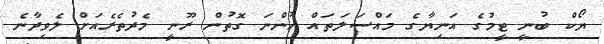
ޔޯކް ބުނީ ޓީމުގެ އަނިޔާގެ މައްސަލަތައް ހުންނަ ގޮތުން ރޫނީ މެދުތެރެއަށް ލެވިދާނެ